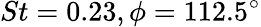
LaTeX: St=0.23,\phi=112.5^{\circ}